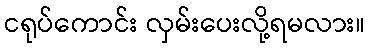
ငရုပ်ကောင်း လှမ်းပေးလို့ရမလား။